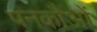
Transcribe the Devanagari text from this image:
पनकौओं